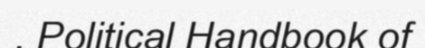
. Political Handbook of